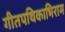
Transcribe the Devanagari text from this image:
गीतपथिकाभिराम